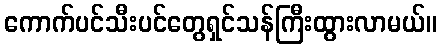
ကောက်ပင်သီးပင်တွေရှင်သန်ကြီးထွားလာမယ်။